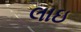
લાઇ